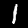
Digit: 1